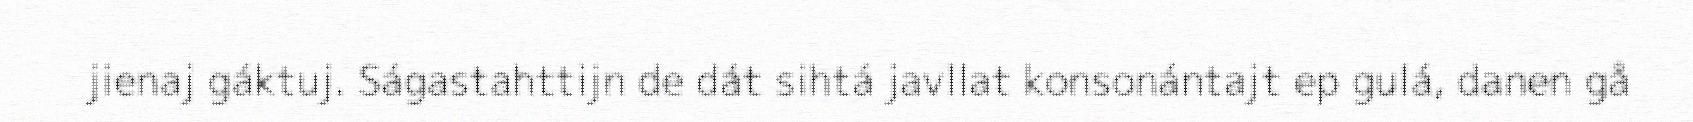
jienaj gáktuj. Ságastahttijn de dát sihtá javllat konsonántajt ep gulá, danen gå